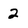
Character: 2